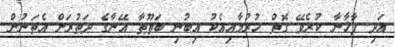
އަދި ފާޚާނާ ކުރެވޭ ގޮތް ހުރުމާއިއެކު އިބުނި ބަޠޫޠާ އޭނާގެ ދަތުރަށް އެތަނުން